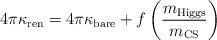
LaTeX: \begin{align*}4\pi\kappa_{\rm ren}=4\pi \kappa_{\rm bare}+f\left({m_{\rm Higgs}\over m_{\rm CS}}\right)\end{align*}